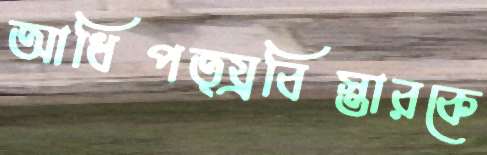
আধিপত্য্রবিস্তারকে